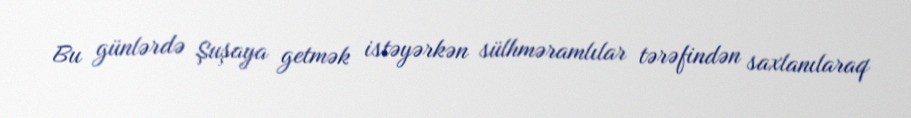
Bu günlərdə Şuşaya getmək istəyərkən sülhməramlılar tərəfindən saxlanılaraq